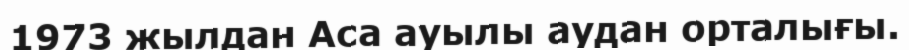
1973 жылдан Аса ауылы аудан орталығы.